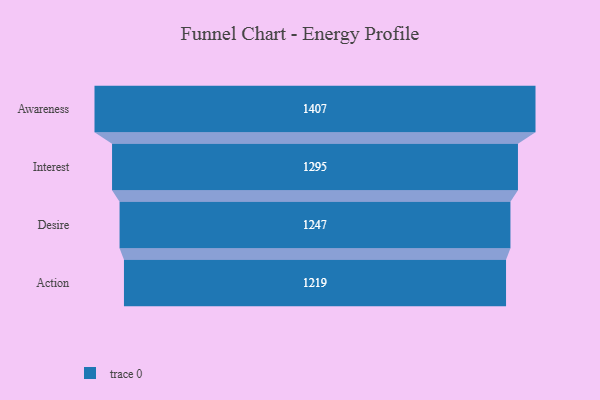
{"axis": {"x": "Stage", "y": "Value"}, "legend": [""], "data": [{"x": "Awareness", "y": 1407.0, "type": ""}, {"x": "Interest", "y": 1295.0, "type": ""}, {"x": "Desire", "y": 1247.0, "type": ""}, {"x": "Action", "y": 1219.0, "type": ""}]}